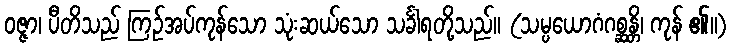
ဝဇ္ဇာ၊ ပီတိသည် ကြဉ်အပ်ကုန်သော သုံးဆယ်သော သင်္ခါရတို့သည်။ (သမ္ပယောဂံဂစ္ဆန္တိ၊ ကုန် ၏။)